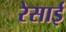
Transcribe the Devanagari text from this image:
रेसाई